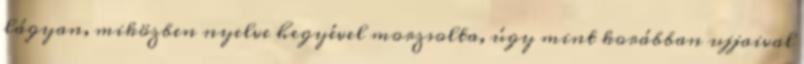
lágyan, miközben nyelve hegyével morzsolta, úgy mint korábban ujjaival